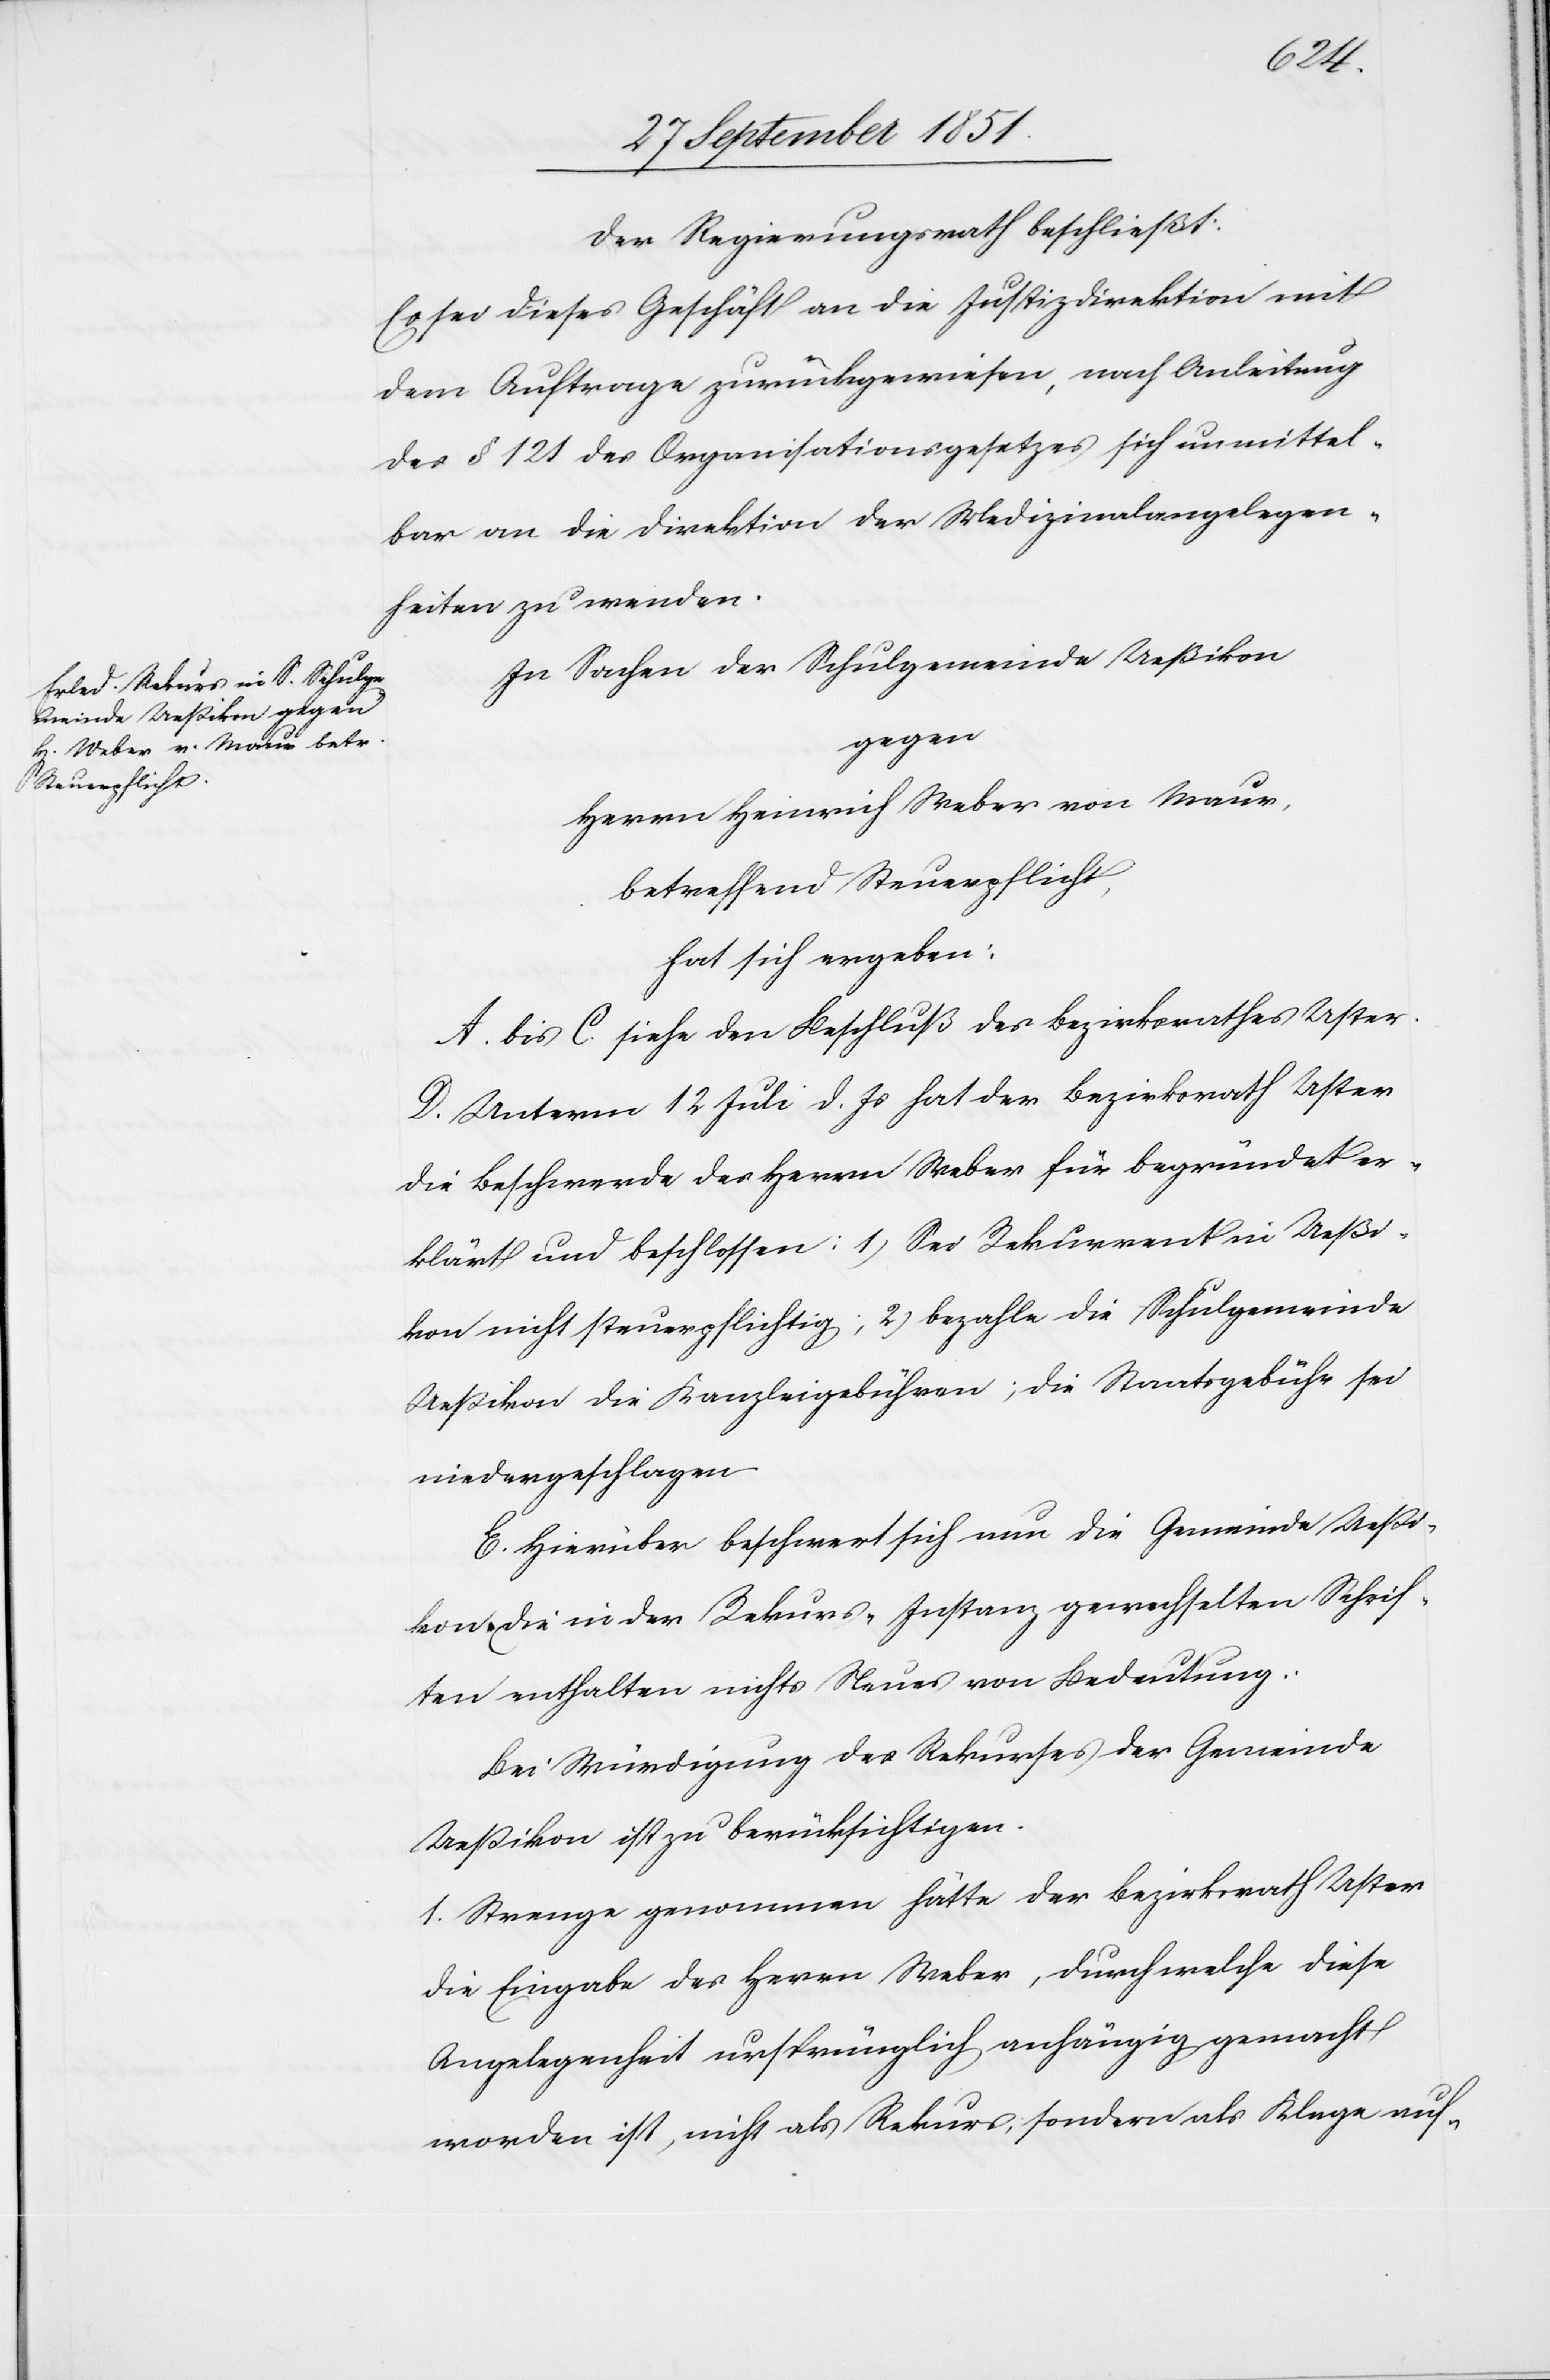
Der Regierungsrath beschließt:
Es sei dieses Geschäft an die Justizdirektion mit
dem Auftrage zurückgewiesen, nach Anleitung
des § 121 des Organisationsgesetzes sich unmittel¬
bar an die Direktion der Medizinalangelegen¬
heiten zu wenden.
In Sachen der Schulgemeinde Ueßikon
gegen
Herrn Heinrich Weber von Maur,
betreffend Steuerpflicht,
hat sich ergeben:
A. bis C. siehe den Beschluß des Bezirksrathes Uster.
D. Unterm 12 Juli d. Js hat der Bezirksrath Uster
die Beschwerde des Herrn Weber für begründet er¬
klärt und beschlossen: 1) Sei Rekurrent in Ueßi¬
kon nicht steuerpflichtig; 2) bezahle die Schulgemeinde
Ueßikon die Kanzleigebühren; die Staatsgebühr sei
niedergeschlagen
E. Hierüber beschwert sich nun die Gemeinde Ueßi¬
kon. Die in der Rekurs-Instanz gewechselten Schrif¬
ten enthalten nichts Neues von Bedeutung.
Bei Würdigung des Rekurses der Gemeinde
Ueßikon ist zu berücksichtigen.
1. Strenge genommen hätte der Bezirksrath Uster
die Eingabe des Herrn Weber, durch welche diese
Angelegenheit ursprünglich anhängig gemacht
worden ist, nicht als Rekurs, sondern als Klage auf-